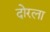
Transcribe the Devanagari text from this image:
दोरला